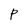
Character: P